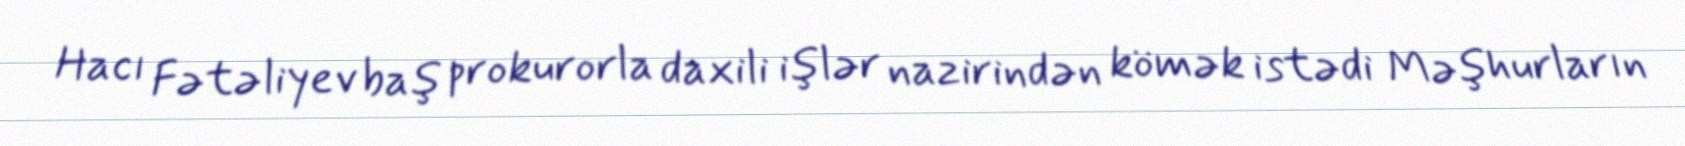
Hacı Fətəliyev baş prokurorla daxili işlər nazirindən kömək istədi Məşhurların